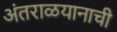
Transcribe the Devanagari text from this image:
अंतराळयानाची